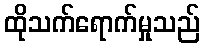
ထိုသက်ရောက်မှုသည်